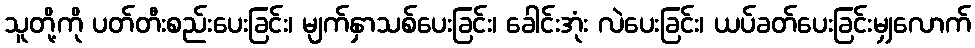
သူတို့ကို ပတ်တီးစည်းပေးခြင်း၊ မျက်နှာသစ်ပေးခြင်း၊ ခေါင်းအုံး လဲပေးခြင်း၊ ယပ်ခတ်ပေးခြင်းမျှလောက်